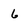
Character: 6